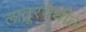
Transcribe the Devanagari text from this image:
लातूरयेथील